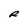
Character: R